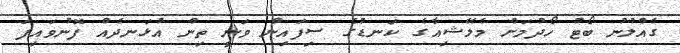
ގެއްލުނު ބޯޓު ހޯދުމަށް މެލޭޝިއާގެ ކަނޑުގެ ސިފައިން ވަނީ ތިން އުޅަނދެއް ފޮނުވައިފަ